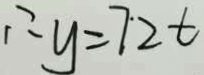
\therefore y = 7 2 t